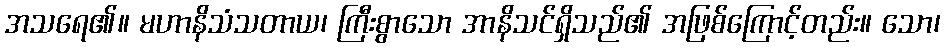
အသရေ၏။ မဟာနိသံသတာယ၊ ကြီးစွာသော အာနိသင်ရှိသည်၏ အဖြစ်ကြောင့်တည်း။ သော၊